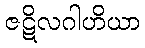
ဇဋိလဂါဟိယာ